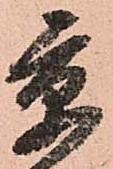
京